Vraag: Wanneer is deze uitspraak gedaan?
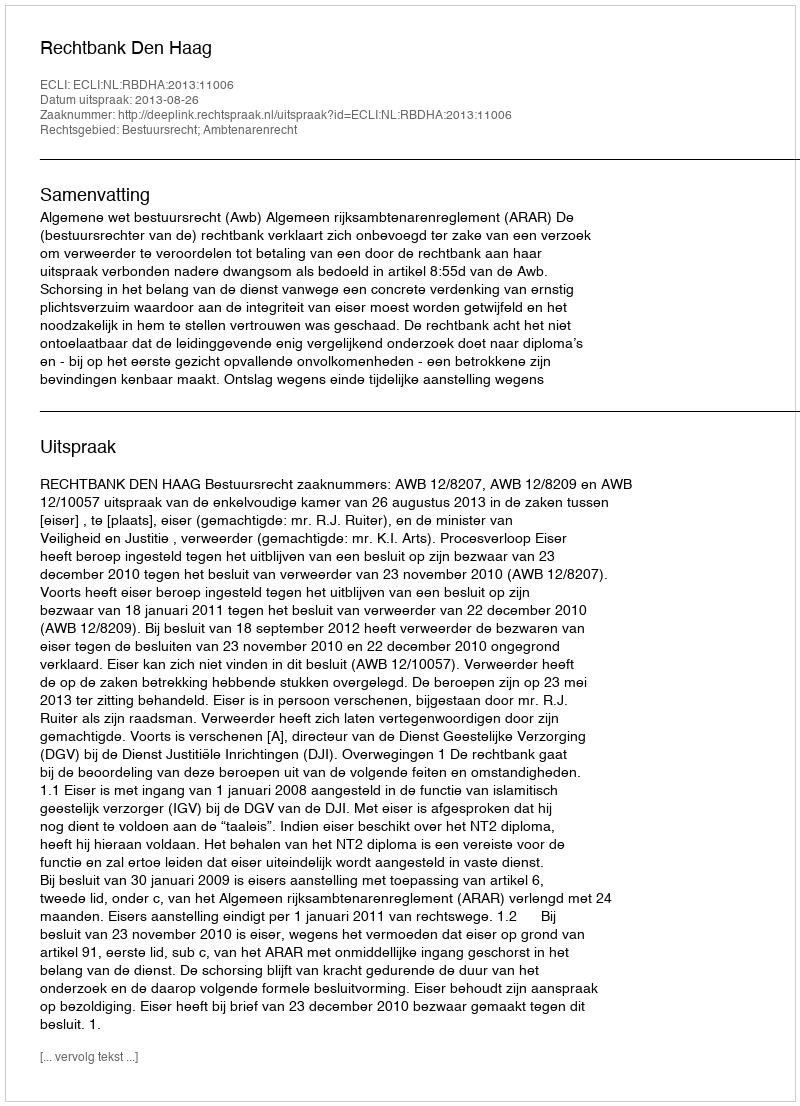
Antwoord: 2013-08-26